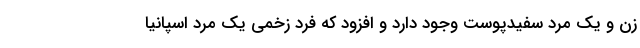
زن و یک مرد سفیدپوست وجود دارد و افزود که فرد زخمی یک مرد اسپانیا